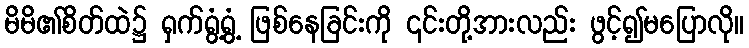
မိမိ၏စိတ်ထဲ၌ ရှက်ရွံ့ရွံ့ ဖြစ်နေခြင်းကို ၎င်းတို့အားလည်း ဖွင့်၍မပြောလို။